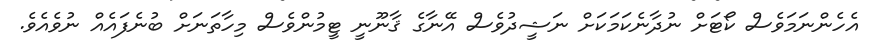
އެހެންނަމަވެސް ކޯޓަށް ނުދާނެކަމަކަށް ނަޝީދުވެސް އޭނާގެ ޤާނޫނީ ޓީމުންވެސް މިހާތަނަށް ބުނެފައެއް ނުވެއެވެ.